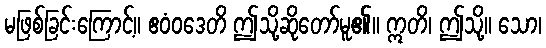
မဖြစ်ခြင်းကြောင့်။ ဧဝံဝဒေတိ ဤသို့ဆိုတော်မူ၏။ ဣတိ၊ ဤသို့။ သော၊